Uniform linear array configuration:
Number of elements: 16
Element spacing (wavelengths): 1
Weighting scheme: exponential
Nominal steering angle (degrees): -60
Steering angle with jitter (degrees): -59.512
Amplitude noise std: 0.05
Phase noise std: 0.05

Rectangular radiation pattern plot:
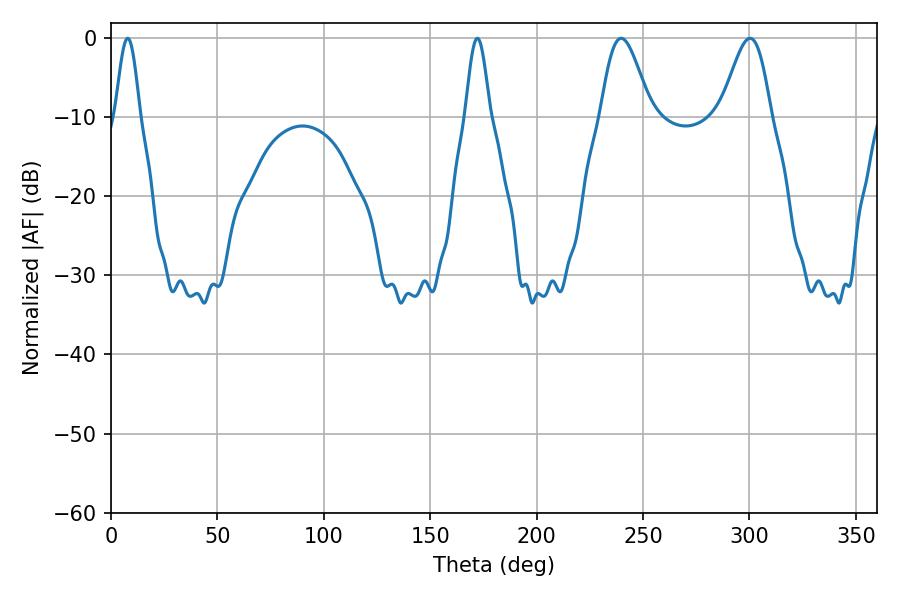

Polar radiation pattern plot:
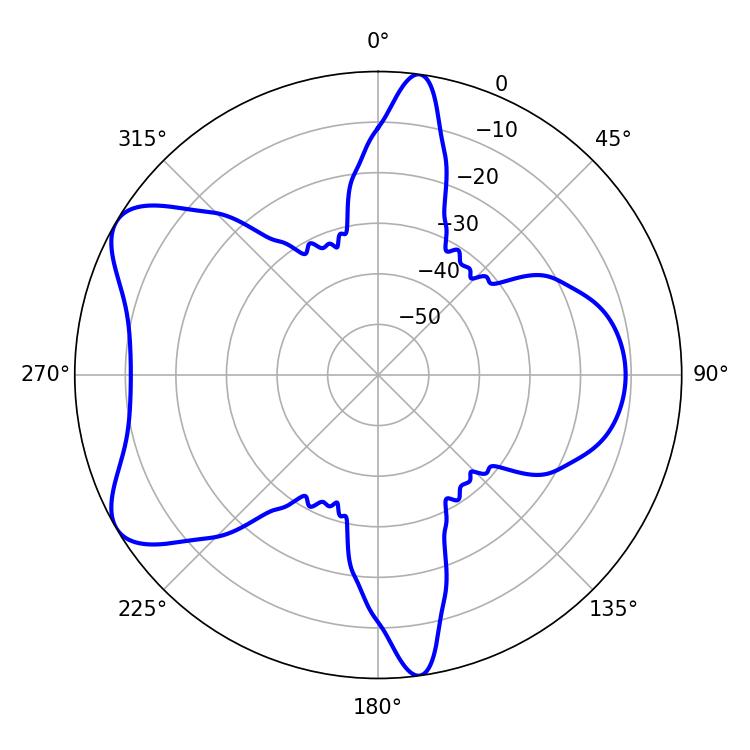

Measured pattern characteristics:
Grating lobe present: TRUE
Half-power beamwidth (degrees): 12.42
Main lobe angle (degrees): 239.76